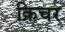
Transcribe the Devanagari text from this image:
क्रिचर